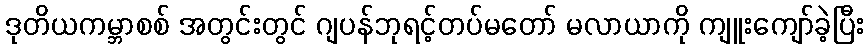
ဒုတိယကမ္ဘာစစ် အတွင်းတွင် ဂျပန်ဘုရင့်တပ်မတော် မလာယာကို ကျူးကျော်ခဲ့ပြီး